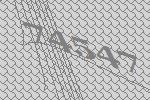
74547